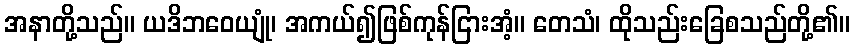
အနာတို့သည်။ ယဒိဘဝေယျုံ၊ အကယ်၍ဖြစ်ကုန်ငြားအံ့။ တေသံ၊ ထိုသည်းခြေစသည်တို့၏။